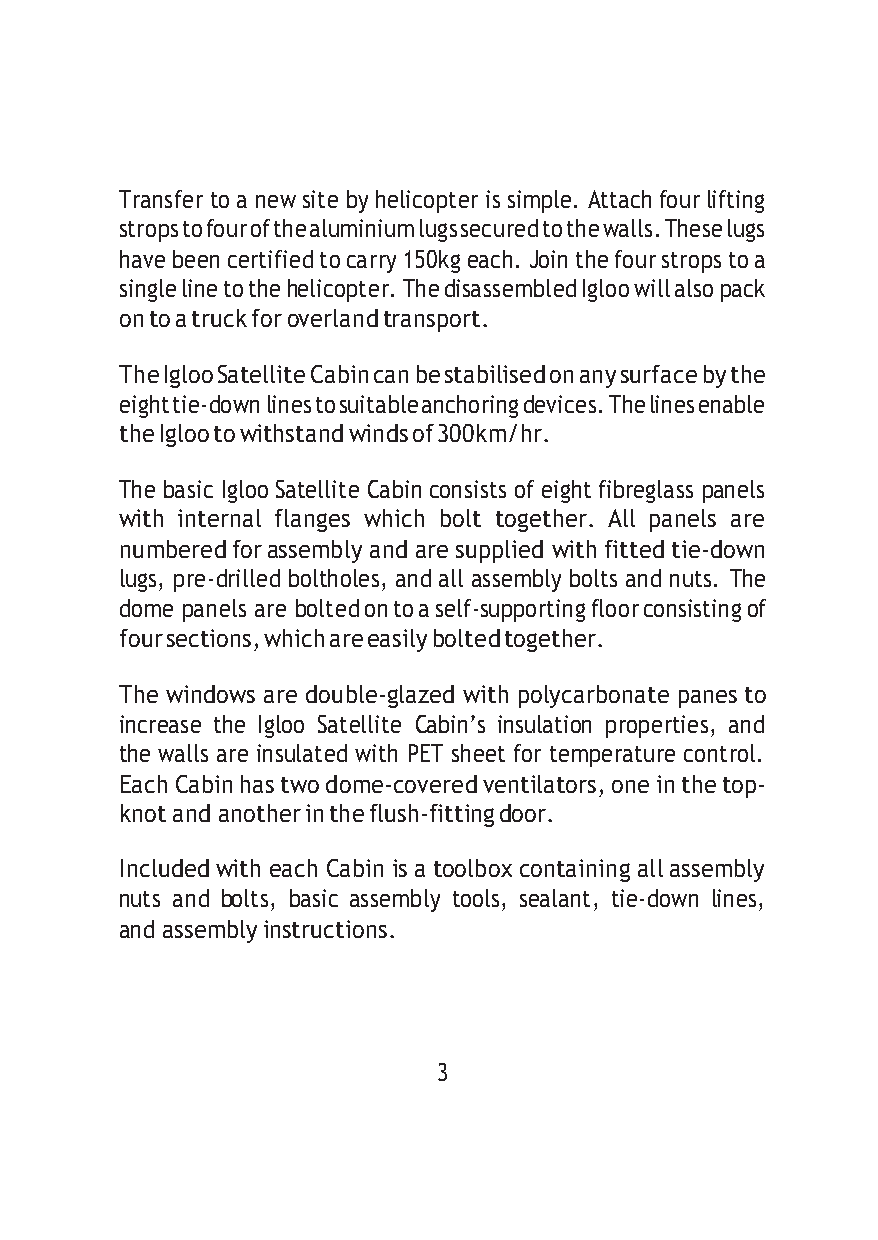
Transfer to a new site by helicopter is simple. Attach four lifting
 strops to four of the aluminium lugs secured to the walls. These lugs
 have been certified to carry 150kg each. Join the four strops to a
 single line to the helicopter. The disassembled Igloo will also pack
 on to a truck for overland transport.
 The Igloo Satellite Cabin can be stabilised on any surface by the
 eight tie-down lines to suitable anchoring devices. The lines enable
 the Igloo to withstand winds of 300km/hr.
 The basic Igloo Satellite Cabin consists of eight fibreglass panels
 with internal flanges which bolt together. All panels are
 numbered for assembly and are supplied with fitted tie-down
 lugs, pre-drilled boltholes, and all assembly bolts and nuts. The
 dome panels are bolted on to a self-supporting floor consisting of
 four sections, which are easily bolted together.
 The windows are double-glazed with polycarbonate panes to
 increase the Igloo Satellite Cabin’s insulation properties, and
 the walls are insulated with PET sheet for temperature control.
 Each Cabin has two dome-covered ventilators, one in the top-
 knot and another in the flush-fitting door.
 Included with each Cabin is a toolbox containing all assembly
 nuts and bolts, basic assembly tools, sealant, tie-down lines,
 and assembly instructions.
 3